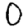
Digit: 0